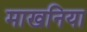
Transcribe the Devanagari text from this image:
माखनिया